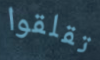
تقلقوا